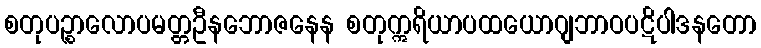
စတုပဉ္စာလောပမတ္တဦနဘောဇနေန စတုဣရိယာပထယောဂျဘာဝပဋိပါဒနတော